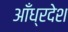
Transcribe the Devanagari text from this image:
आँध्रदेश